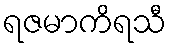
ရဇမာကိရသီ